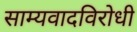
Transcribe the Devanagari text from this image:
साम्यवादविरोधी